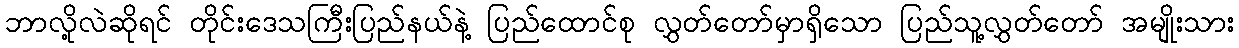
ဘာလို့လဲဆိုရင် တိုင်းဒေသကြီးပြည်နယ်နဲ့ ပြည်ထောင်စု လွှတ်တော်မှာရှိသော ပြည်သူ့လွှတ်တော် အမျိုးသား